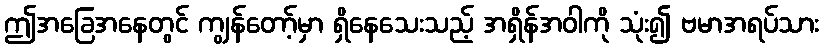
ဤအခြေအနေတွင် ကျွန်တော့်မှာ ရှိနေသေးသည့် အရှိန်အဝါကို သုံး၍ ဗမာအရပ်သား